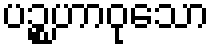
ပဉ္စဟာဝုသော